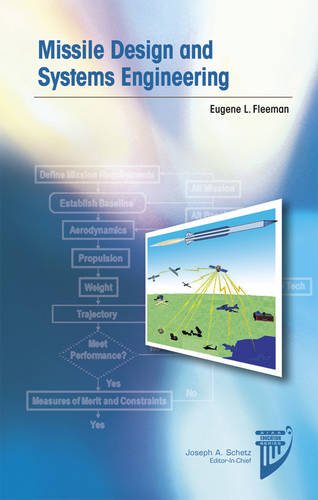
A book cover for Missile Design and System Engineering (AIAA Education); Eugene L. Fleeman; Engineering & Transportation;